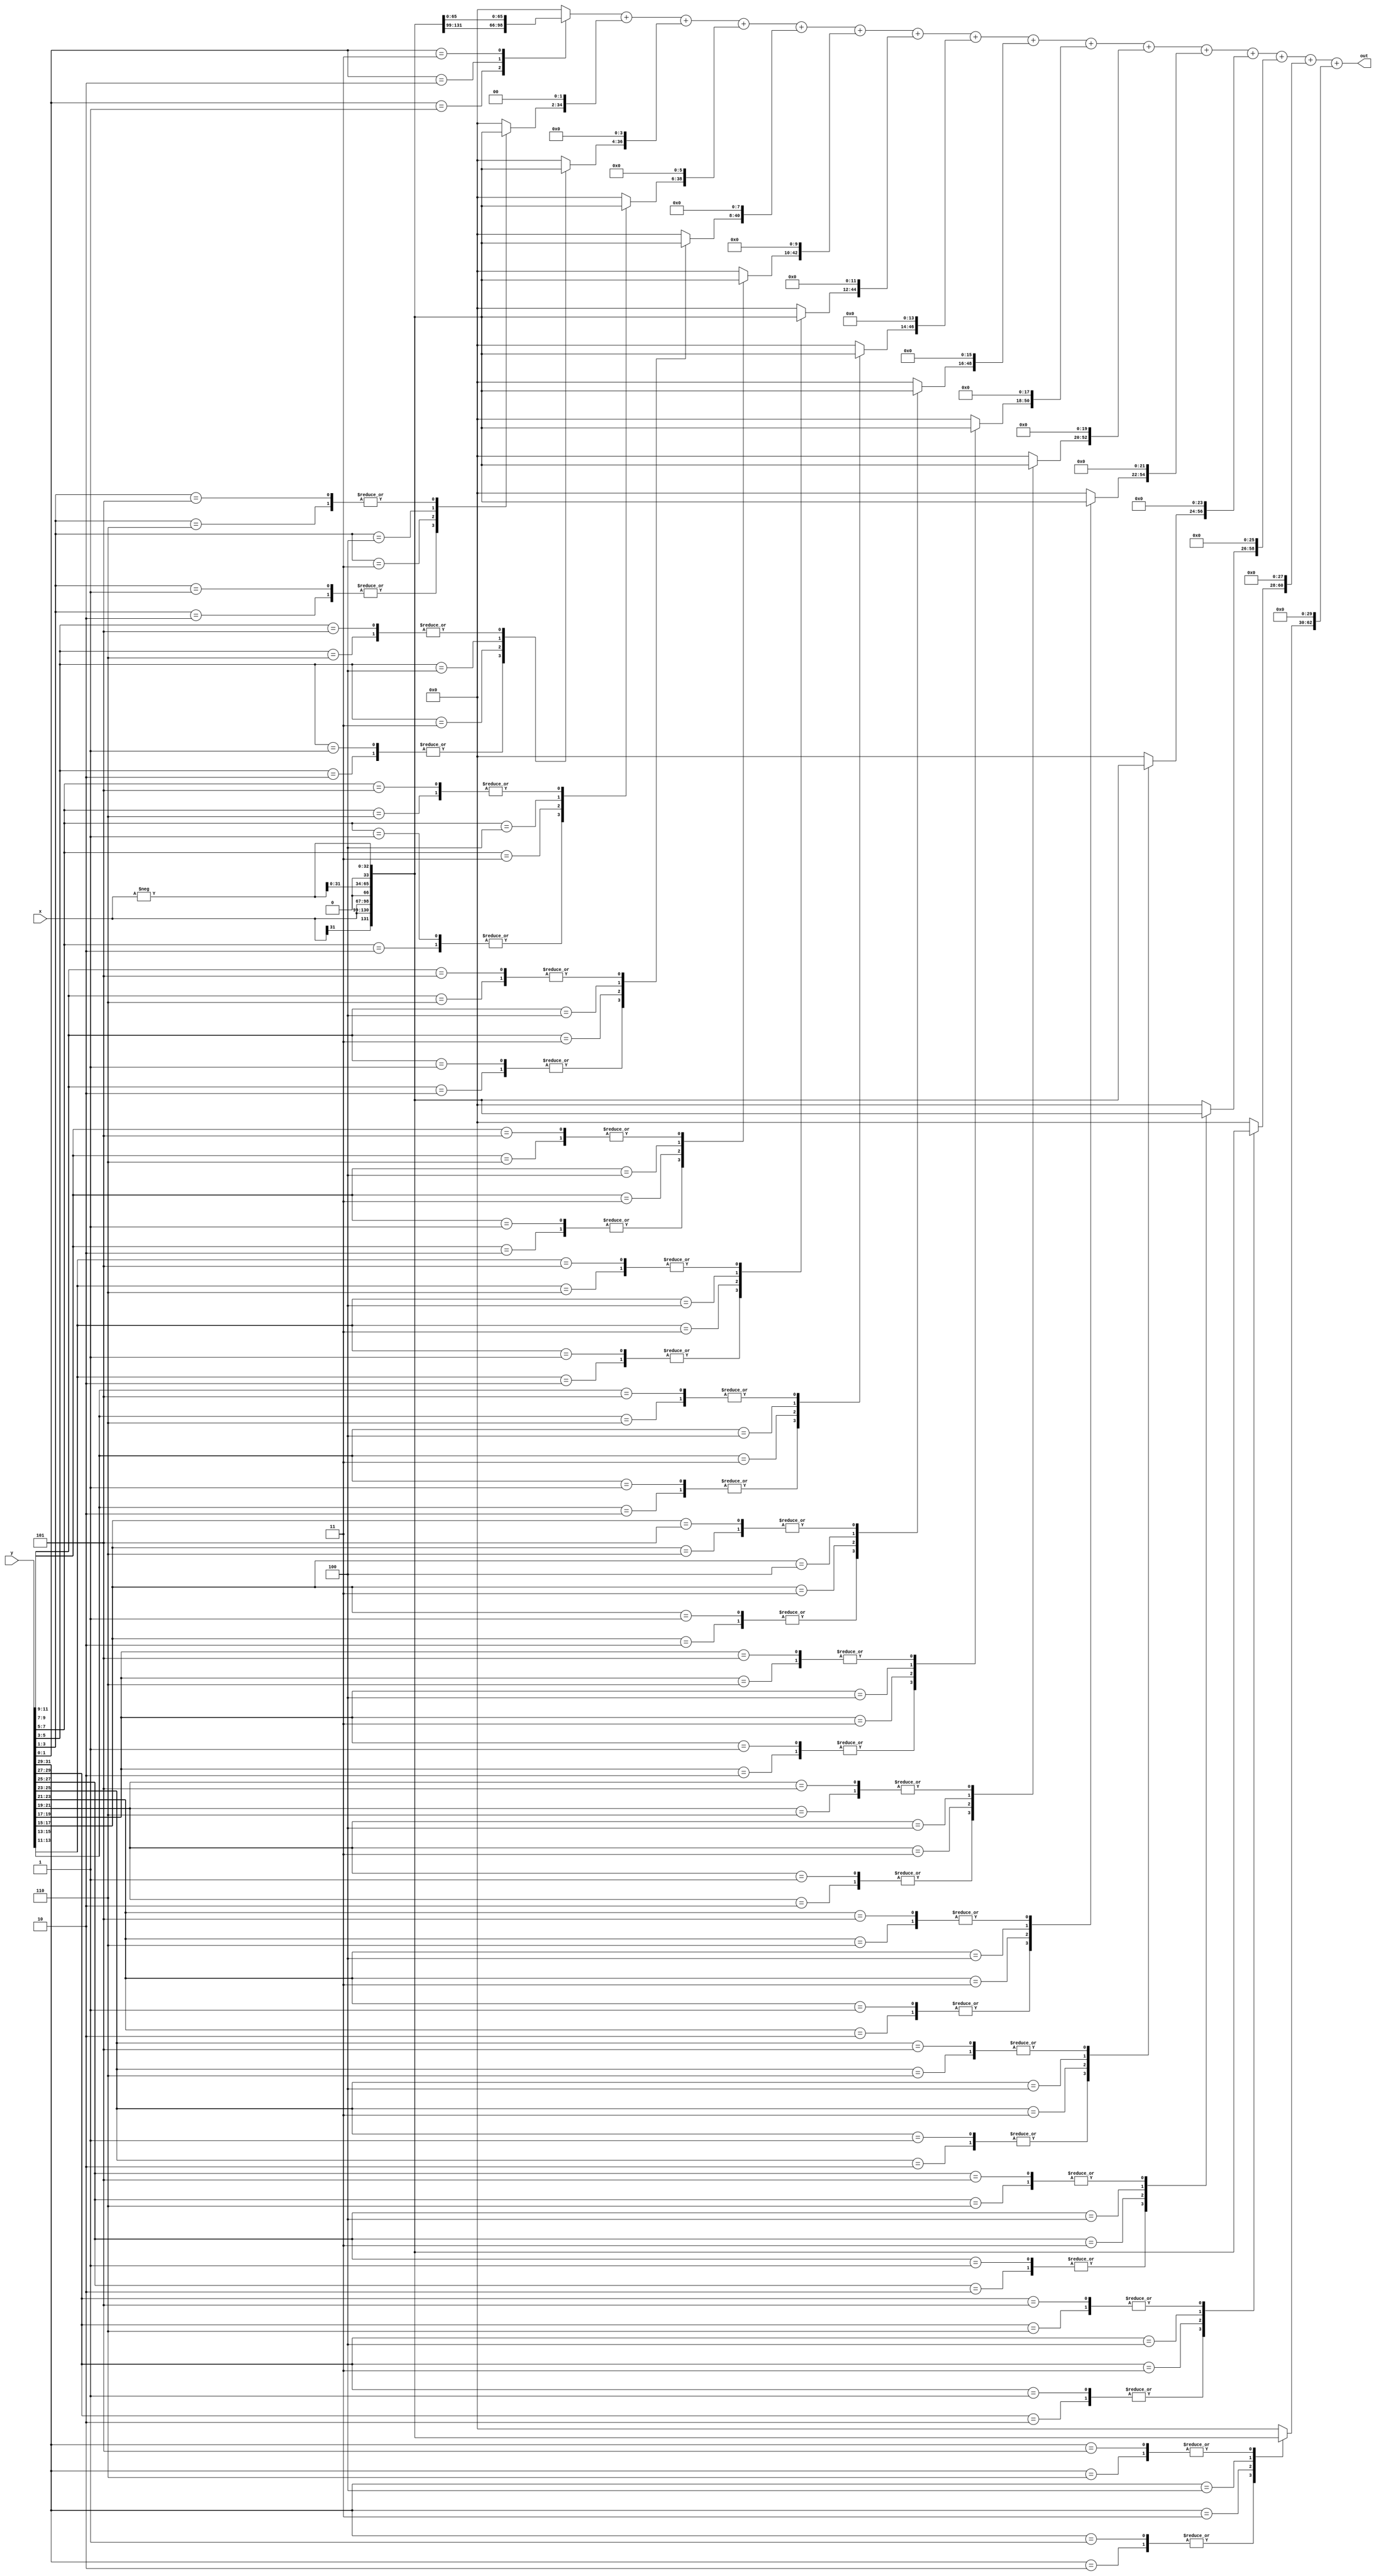

module multiply(input signed [31:0] x, y, output[63:0] out);

    reg [2:0] combBits [15:0]; 				
    reg signed [32:0] pProd [15:0];  		
    reg signed [63:0] shiftedPProd [15:0];
	 reg signed [63:0] sumPProd;
	 
	 wire signed[32:0] negX;
	 
	 integer i, j;

	 assign negX = -x;
	 always @ (x or y or negX)
    begin
        combBits[0] = {y[1], y[0], 1'b0};
            
        for(i=1;i<16;i=i+1) begin
             combBits[i] = {y[2*i+1],y[2*i],y[2*i-1]};
        end

        for(i=0;i<16;i=i+1)begin //case check for which bit and whatnot
            case(combBits[i])
                3'b001 , 3'b010 : pProd[i] = {x[31],x};
                
                3'b011 : pProd[i] = {x,1'b0};
                
                3'b100 : pProd[i] = {negX[31:0],1'b0};
                
                3'b101 , 3'b110 : pProd[i] = negX;
                
                default : pProd[i] = 0;
                
            endcase
            
            
            shiftedPProd[i] = pProd[i] << (2*i);  //sign extension 
        end

        sumPProd = shiftedPProd[0];
        
        for(i=1;i<16;i=i+1) begin //add product to tot.
            sumPProd = sumPProd + shiftedPProd[i];
        end
    end
   
    assign out = sumPProd; //after all shifts adne verythig is done, send it out
endmodule
	 

/*
module multiplier(
input [31:0] m, q,
output reg [63:0] product //product = a ?

//let m = multiplier, q = multiplicand
);
	reg [32:0] extended = (m,0);
	reg [63:0] currVal;
	reg [63:0] cumSum;
	reg [2:0] temp;

	integer i,k;
	integer c = 0;

	//This multiplication algo uses Booth's
	//NOTE: <-- don't forget to swap the bits, i+2
	//inspiration taken from Geeks4Geek's C++ explanation of the code 


	//111 :16 0's [0]
	//110 :concatenate ~m+1 for top + bottom 8 bits [-1]
	//101 :same as above [-1]
	//100 : [-2]
	//011 : [+2]
	//010 : [+1]
	//001 : [+1]
	//000 : 16 0's [0]
	//outside range: 16 x's [0? unknown logic type, not valid input ???]


	initial begin
	for(i = 0; i < 30; i = i + 2)
	begin 
		assign currVal = 0;
		assign temp = (extended_q[3], extended_q[2], extended_q[1]);

		case(group) // need to sort out which value needs to be sign extended
		3'b111: assign currVal = 16'b0000000000000000;
		3'b110: assign currVal = m[31] ? {8'h11111111, ~m + 1} : {8'h00000000, ~m+1};
		3'b101: assign currVal = m[31] ? {8'h11111111, ~m + 1} : {8'h00000000, ~m+1};
		3'b100:	assign currVal = m[31] ? {7'hfffffff, 3'b111, ~m + 1, 1'b0} : {7'h0000000, 3'b000, ~m + 1, 1'b0}  
		3'b011:	assign currVal = m[31] ? {7'hfffffff, 3'b111, m, 1'b0} : {7'h0000000, 3'b000, m, 1'b0}			
		3'b010:	assign currVal = m[31] ? {8'h11111111, m} : {8'h00000000, m};		
		3'b001:	assign currVal = m[31] ? {8'h11111111, m} : {8'h00000000, m};		
		3'b000: assign currVal = 16'b0000000000000000;		
		
		default: asign currVal = 16'hxxxxxxxxxxxxxxxx; //need to double check the base case, x = anything?
							       //could we just use default case for 0 ????
		endcase

		//extensions done. now shifting if needed.
		for(k = 0; k < c; c=c+1) //c++ operation doesn't exist in this language ._.
		begin 
			currVal = curVall << 2;
		end
		assign cumSum = cumSum + currVal;
		//c++
		c= c+1;
		end
		assign product = cumSum;
		end
	end module 


	*/